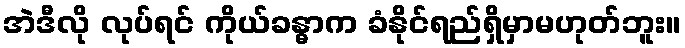
အဲဒီလို လုပ်ရင် ကိုယ်ခန္ဓာက ခံနိုင်ရည်ရှိမှာမဟုတ်ဘူး။